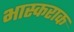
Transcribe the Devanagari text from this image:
भास्कराक